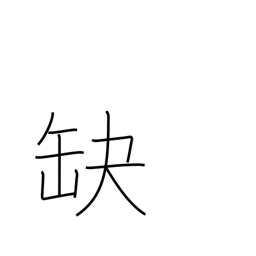
Meaning: fail